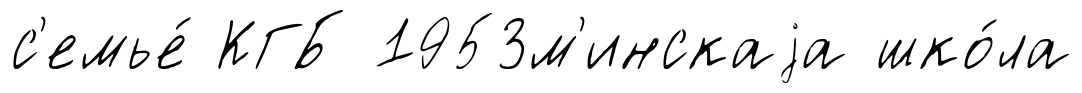
с'емье́ КГБ 1953м'инскаjа шко́ла